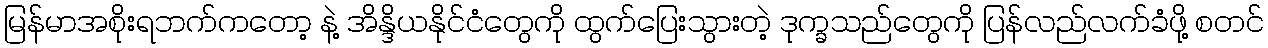
မြန်မာအစိုးရဘက်ကတော့ နဲ့ အိန္ဒိယနိုင်ငံတွေကို ထွက်ပြေးသွားတဲ့ ဒုက္ခသည်တွေကို ပြန်လည်လက်ခံဖို့ စတင်